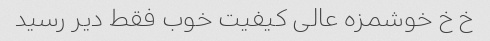
خ خ خوشمزه عالی کیفیت خوب فقط دیر رسید